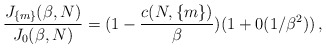
\begin{align*}\frac{J_{\{m\}}(\beta,N)}{J_0(\beta,N)}=(1-\frac{c(N,\{m\})}{\beta}) (1+0(1/\beta^2))\, ,\end{align*}